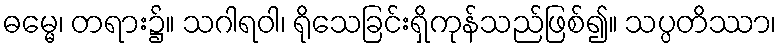
ဓမ္မေ၊ တရား၌။ သဂါရဝါ၊ ရိုသေခြင်းရှိကုန်သည်ဖြစ်၍။ သပ္ပတိဿာ၊